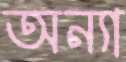
অন্যা